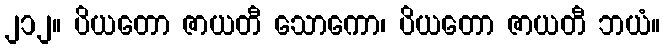
၂၁၂။ ပိယတော ဇာယတီ သောကော၊ ပိယတော ဇာယတီ ဘယံ။